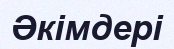
Әкімдері